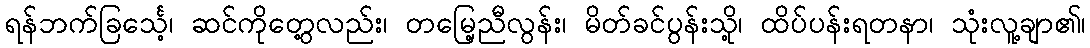
ရန်ဘက်ခြင်္သေ့၊ ဆင်ကိုတွေ့လည်း၊ တမြေ့ညီလွန်း၊ မိတ်ခင်ပွန်းသို့၊ ထိပ်ပန်းရတနာ၊ သုံးလူ့ချာ၏၊